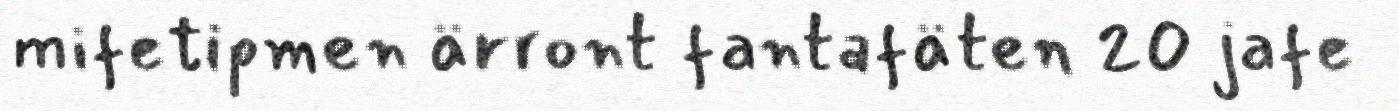
mifetipmen ärront fantafäten 20 jafe